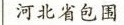
河北省包围